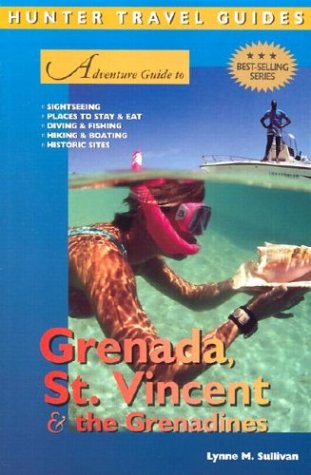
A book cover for Adventure Guide to Grenada, St. Vincent & the Grenadines (Adventure Guides Series); Cindy Kilgore; Travel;